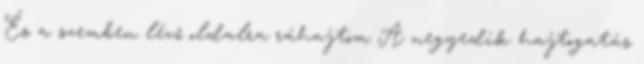
És a szemben lévő oldalra ráhajtom A negyedik hajtogatás